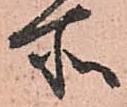
所